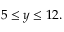
5 \leq y \leq 1 2 .